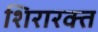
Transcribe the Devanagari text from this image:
शिरारक्त